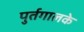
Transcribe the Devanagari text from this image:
पुर्तगालके